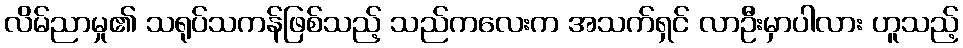
လိမ်ညာမှု၏ သရုပ်သကန်ဖြစ်သည့် သည်ကလေးက အသက်ရှင် လာဦးမှာပါလား ဟူသည့်